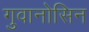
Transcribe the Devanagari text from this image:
गुवानोसिन